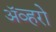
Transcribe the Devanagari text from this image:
ॲव्हरो